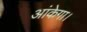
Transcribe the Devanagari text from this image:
आंकेगा।